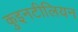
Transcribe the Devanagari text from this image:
कुइनटीलियन